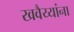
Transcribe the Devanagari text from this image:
खवैय्यांना